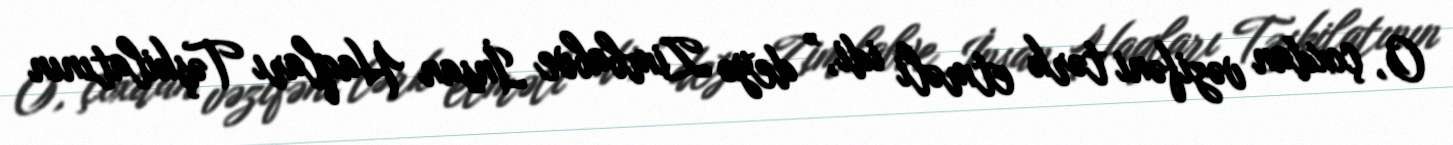
O, çoxdan vəzifəni tərk etməli idi,” deyə Zimbabve İnsan Haqları Təşkilatının